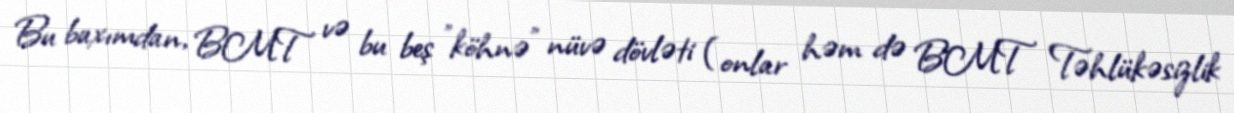
Bu baxımdan, BMT və bu beş "köhnə" nüvə dövləti (onlar həm də BMT Təhlükəsizlik